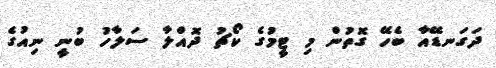
ދަގަނޑޭއާ ބެހޭ ގޮތުން މި ޓީމުގެ ކޯޗު ދޮއްލާ ސަލާހު ބުނީ ނިއުގެ